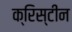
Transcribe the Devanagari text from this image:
क्रिस्‍टीन